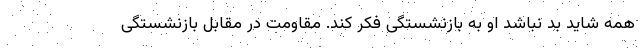
همه شاید بد نباشد او به بازنشستگی فکر کند. مقاومت در مقابل بازنشستگی